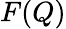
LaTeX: F(Q)